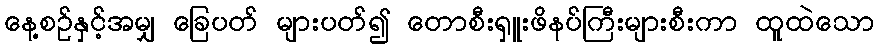
နေ့စဉ်နှင့်အမျှ ခြေပတ် များပတ်၍ တောစီးရှူးဖိနပ်ကြီးများစီးကာ ထူထဲသော